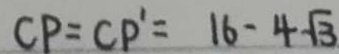
C P = C P ^ { \prime } = 1 6 - 4 \sqrt { 3 }